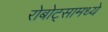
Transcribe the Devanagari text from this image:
रोबोट्सामध्ये